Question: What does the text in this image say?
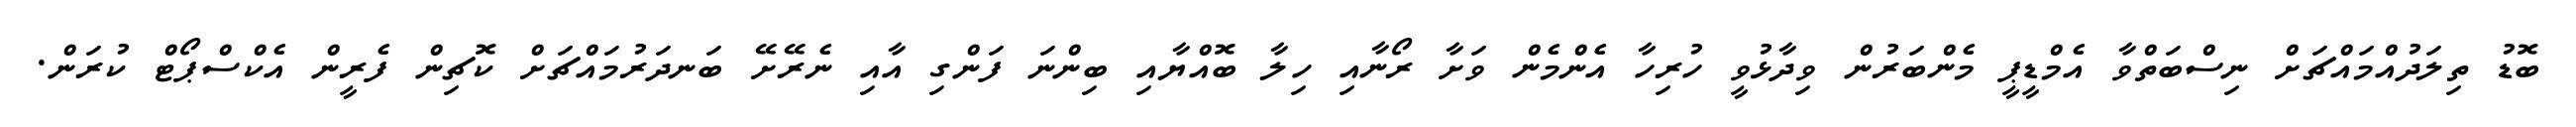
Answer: ބޮޑު ތިލަދުއްމައްޗަށް ނިސްބަތްވާ އެމްޑީޕީ މެންބަރުން ވިދާޅުވީ ހުރިހާ އެންމެން ވަށާ ރޯނާއި ހިލާ ބޮއްޔާއި ބިންނަ ފަންގި އާއި ނެރޭށޭ ބަނދަރުމައްޗަށް ކޮޗިން ފެރީން އެކްސްޕޯޓް ކުރަން.